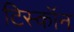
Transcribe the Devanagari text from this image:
टिस्कॉन